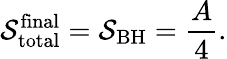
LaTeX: \mathcal{S}_{\mathrm{{total}}}^{\mathrm{{final}}}=\mathcal{S}_{\mathrm{{BH}}}=\frac{{A}}{{4}}.